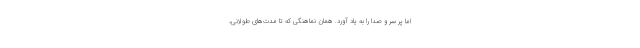
اما پر سر و صدا را به یاد آورد. همان نماهنگی که تا مدت‌های طولانی،